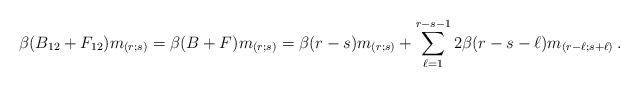
LaTeX: \begin{align*} \beta(B_{12}+F_{12})m_{(r;s)}= \beta(B+F)m_{(r;s)}= \beta(r-s) m_{(r;s)}+ \sum_{\ell=1}^{r-s-1} 2\beta(r-s-\ell) m_{(r-\ell;s+\ell)} \, .\end{align*}